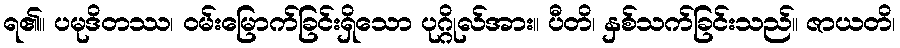
ရ၏။ ပမုဒိတဿ၊ ဝမ်းမြောက်ခြင်းရှိသော ပုဂ္ဂိုလ်အား။ ပီတိ၊ နှစ်သက်ခြင်းသည်။ ဇာယတိ၊